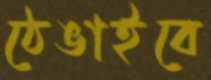
ঠেঙাইবে